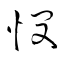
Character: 憫